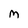
Character: M